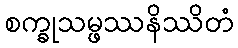
စက္ခုသမ္ဖဿနိဿိတံ